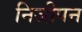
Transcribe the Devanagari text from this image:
निजीपन